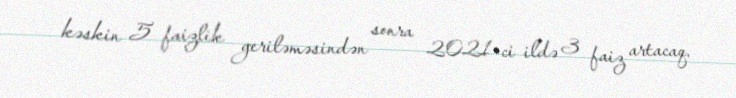
kəskin 5 faizlik geriləməsindən sonra 2021-ci ildə 3 faiz artacaq.